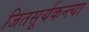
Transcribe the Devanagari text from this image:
जितसूर्यकन्त्या